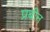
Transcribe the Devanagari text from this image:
प्रबीन